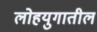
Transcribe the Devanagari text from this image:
लोहयुगातील